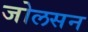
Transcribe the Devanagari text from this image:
जोलसन